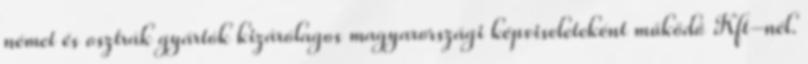
német és osztrák gyártók kizárólagos magyarországi képviseleteként működő Kft-nél.